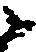
候